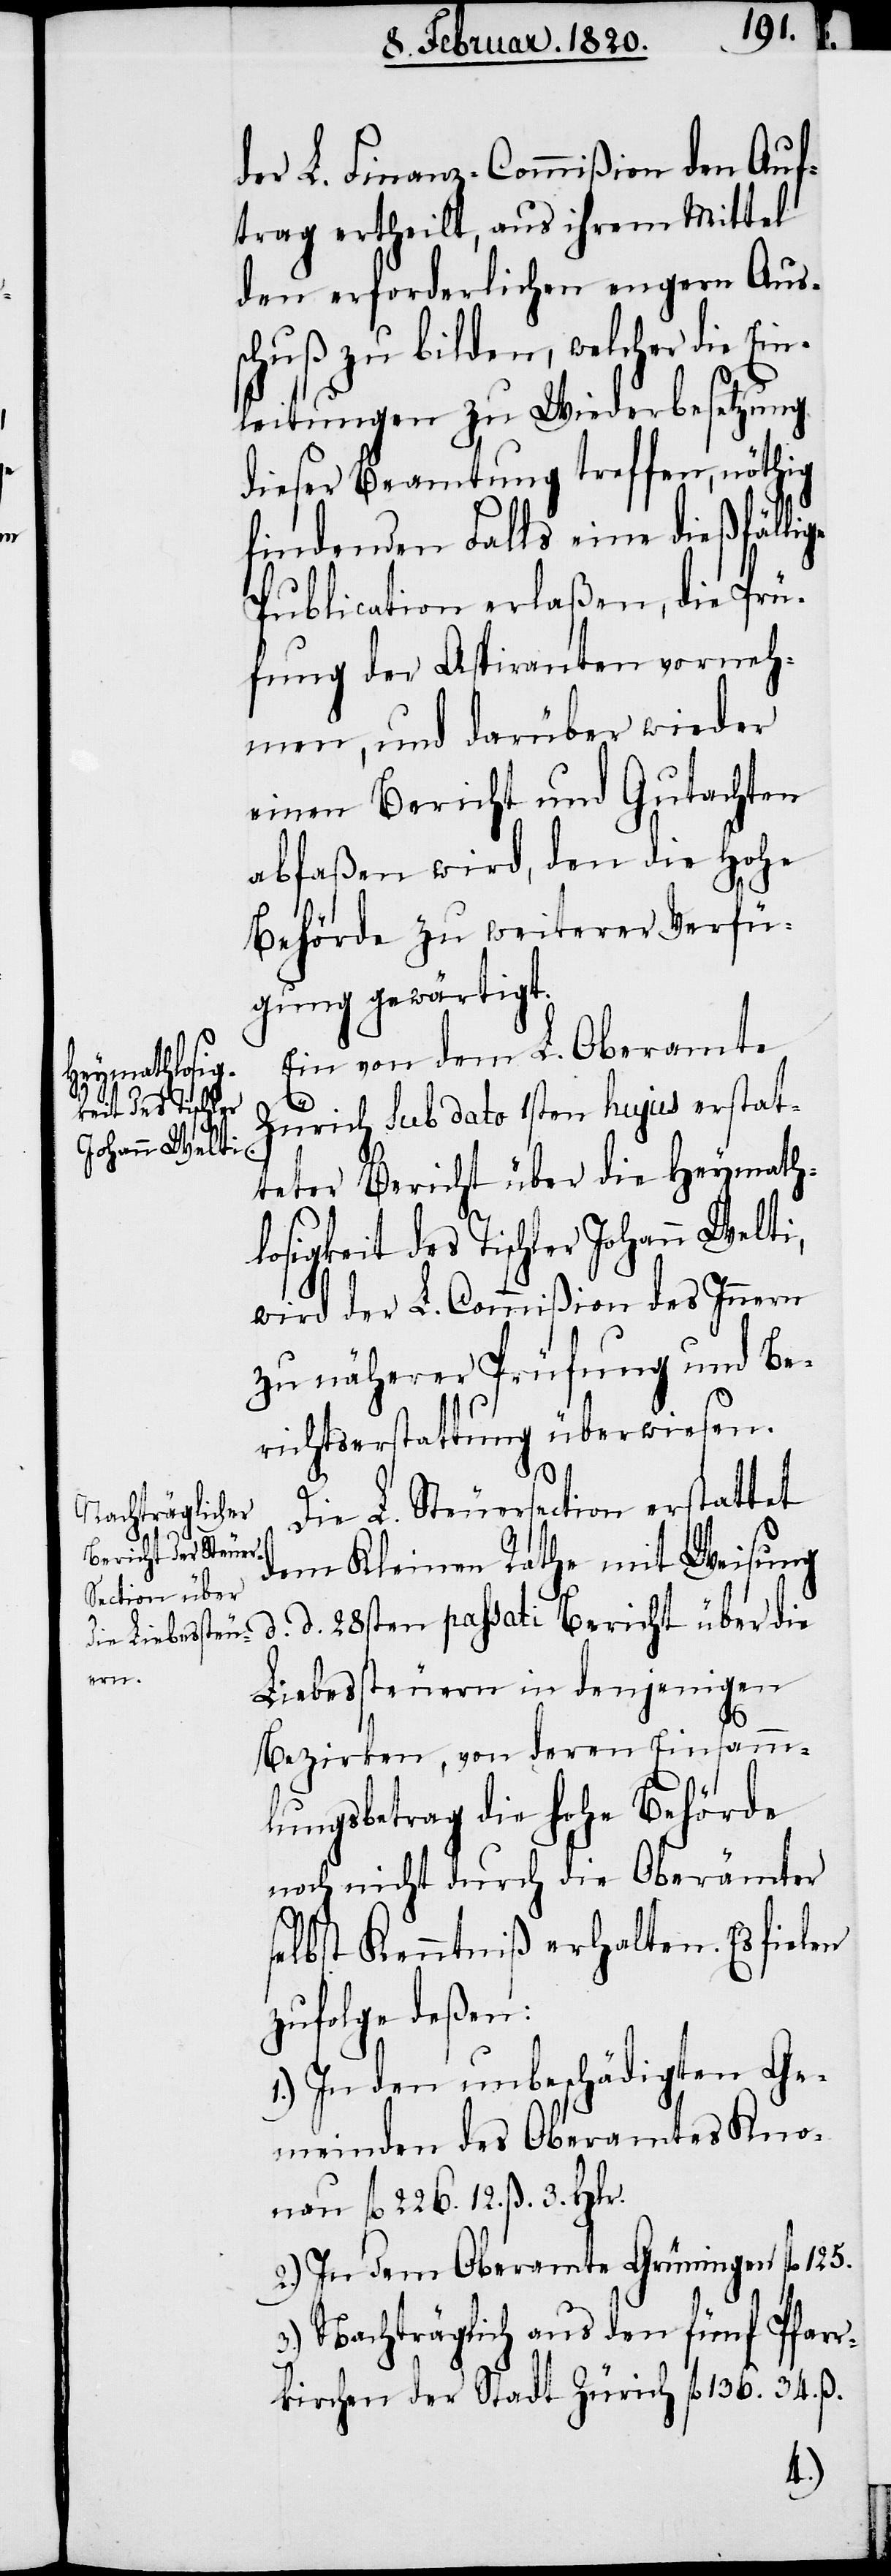
der L. Finanz-Commißion den Auf¬
trag ertheilt, aus ihrem Mittel
den erforderlichen engern Aus¬
schuß zu bilden, welcher die Ei¬
nleitungen zu Wiederbesetzung
dieser Beamtung treffen, nöhtig
findenden Falls eine dießfälli¬
Publication erlaßen, die Prü¬
fung der Aspiranten vorneh¬
men, und darüber wieder
einen Bericht und Gutachten
abfaßen wird, den die Hohe
Behörde zu weiterer Verfü¬
gung gewärtigt.
Ein von dem L. Oberamte
ge
Zürich sub dato 1sten hujus erstat¬
teter Bericht über die Heymath¬
losigkeit des Tischler Johann Welti,
wird der L. Commißion des Innern
zu näherer Prüfung und Be¬
richtserstattung überwiesen.
Die L. Steuersection erstattet
dem Kleinen Rathe mit Weisung
d d 28sten passati Bericht über die
Liebessteuern in denjenigen
Bezirken, von deren Einsamm¬
lungsbetrag die hohe Behörde
noch nicht durch die Oberämter
selbst Kenntniß erhalten. Es fielen
zufolge deßen:
1.) In den unbeschädigten Ge¬
meinden des Oberamtes Kno¬
nau fl. 226. 12. ß. 3. Hlr.
2.) In dem Oberamte Grüningen fl. 125.
3.) Nachträglich aus den fünf Pfarr¬
kirchen der Stadt Zürich fl. 136. 34. ß.